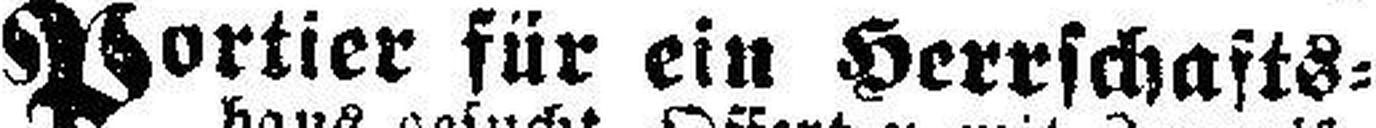
Portier für ein Herrschafts¬